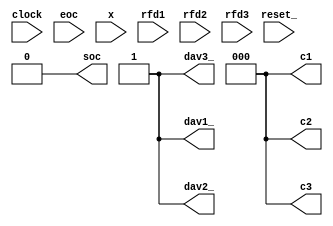
module ABC (
    clock, reset_,
    soc, eoc, x,
    rfd1, dav1_, c1,
    rfd2, dav2_, c2,
    rfd3, dav3_, c3
);
    input clock, reset_;

    output soc;
    input eoc;
    input[7:0] x;

    input rfd1, rfd2, rfd3;
    output dav1_, dav2_, dav3_;
    output[2:0] c1, c2, c3;

    reg SOC; 
    assign soc = SOC;

    reg DAV_; 
    assign dav1_ = DAV_;
    assign dav2_ = DAV_;
    assign dav3_ = DAV_;

    reg[2:0] OUT;
    assign c1 = OUT;
    assign c2 = OUT;
    assign c3 = OUT;

    reg[7:0] X;

    reg [2:0] STAR;
    localparam S0 = 0, S1 = 1, S2 = 2, S3 = 3, S4 = 4;

    always @(reset_ == 0) #1
    begin
        SOC <= 0;
        DAV_ <= 1;
        OUT <= 0;
        STAR <= S0;
    end

    always @(posedge clock) if (reset_ == 1) #3
    casex (STAR)
    S0: begin
        SOC <= 1;
        STAR <= (eoc == 0) ? S1 : S0;
    end
    S1: begin
        SOC <= 0;
        X <= x;
        OUT <= 0;
        STAR <= (eoc == 1) ? S2 : S1;
    end
    S2: begin
        OUT <= OUT + X[0];
        X <= {2'b00, X[7:2]};
        STAR <= (X == 0) ? S3 : S2;
    end
    S3: begin
        DAV_ <= 0;
        STAR <= ({rfd1, rfd2, rfd3} == 3'b000) ? S4 : S3;
    end
    S4: begin
        DAV_ <= 1;
        STAR <= ({rfd1, rfd2, rfd3} == 3'b111) ? S0 : S4;
    end
    endcase
    
    
endmodule